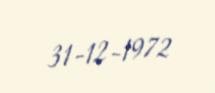
31-12-1972